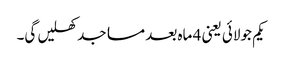
یکم جولائی یعنی 4 ماہ بعد مساجد کھلیں گی۔